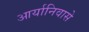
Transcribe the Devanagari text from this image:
आर्यानिवासे